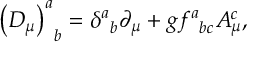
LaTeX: \left( D _ { \mu } \right) _ { \; \; b } ^ { a } = \delta _ { \; \; b } ^ { a } \partial _ { \mu } + g f _ { \; \; b c } ^ { a } A _ { \mu } ^ { c } ,